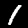
Label: 1